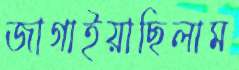
জাগাইয়াছিলাম